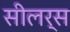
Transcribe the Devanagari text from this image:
सीलर्स